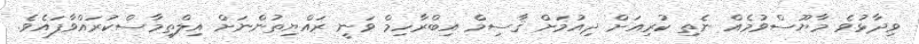
ވިދާޅުވެ މާޔޫސްވުމެއް ނެތި ކުރިއަށް ދިއުމަށް ޤާސިމް އިބްރާހިމް ވަނީ ރައްޔިތުންނަށް އިލްތިމާސްކުރައްވާފައެވެ.